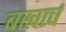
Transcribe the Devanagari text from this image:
बखार्च